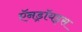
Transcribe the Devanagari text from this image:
ऍनड्रॉयड्स